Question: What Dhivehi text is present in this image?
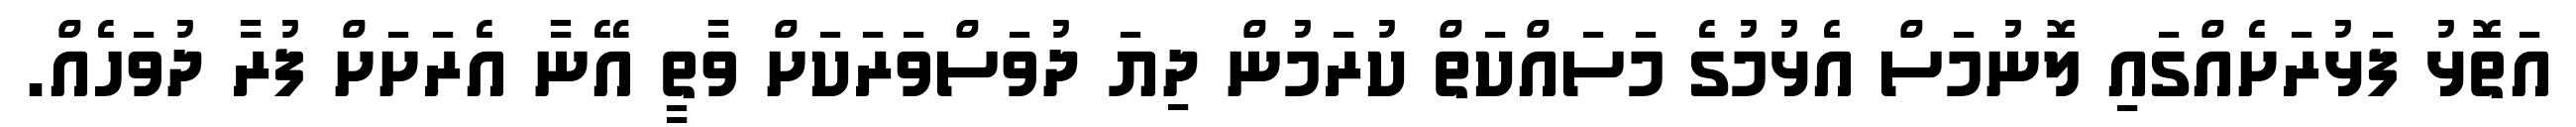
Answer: އަތޮޅު ފަޅުރަށެއްގައި ލޮނުމަސް އެޅުމުގެ މަސައްކަތް ކުރަމުން ދިޔަ ދުވަސްވަރަކަށް ވާތީ އޭނާ އެރަށަށް ފުރާ ދުވަހެއް.